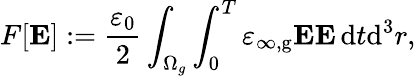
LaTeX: F[\mathbf{E}]:=\frac{\varepsilon_{0}}{2}\int_{\Omega_{g}}\int_{0}^{T}\varepsilon_{\infty,\mathrm{g}}\mathbf{E}\mathbf{E}\, \mathrm{d}t\mathrm{d}^{3}r,